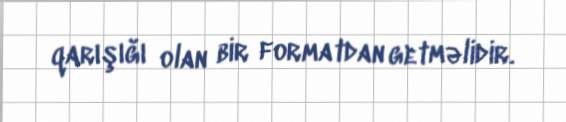
qarışığı olan bir formatdan getməlidir.